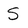
Character: S